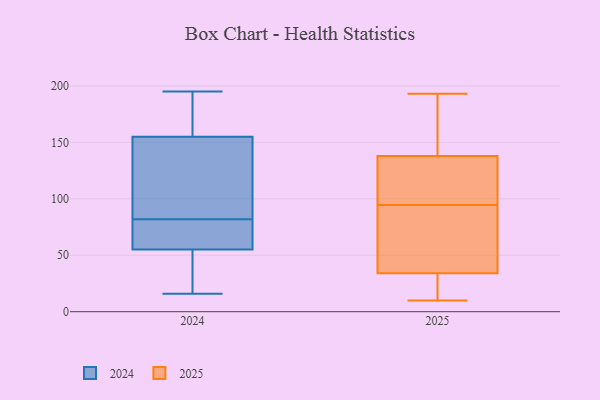
{"axis": {"x": "Backlog", "y": "Value"}, "legend": ["2024", "2025"], "data": [{"x": "", "y": 189, "type": "2025"}, {"x": "", "y": 17, "type": "2025"}, {"x": "", "y": 91, "type": "2025"}, {"x": "", "y": 186, "type": "2025"}, {"x": "", "y": 16, "type": "2025"}, {"x": "", "y": 116, "type": "2025"}, {"x": "", "y": 97, "type": "2025"}, {"x": "", "y": 186, "type": "2025"}, {"x": "", "y": 123, "type": "2025"}, {"x": "", "y": 10, "type": "2025"}, {"x": "", "y": 34, "type": "2025"}, {"x": "", "y": 193, "type": "2025"}, {"x": "", "y": 138, "type": "2025"}, {"x": "", "y": 94, "type": "2025"}, {"x": "", "y": 73, "type": "2025"}, {"x": "", "y": 36, "type": "2025"}, {"x": "", "y": 31, "type": "2025"}, {"x": "", "y": 95, "type": "2025"}, {"x": "", "y": 55, "type": "2024"}, {"x": "", "y": 83, "type": "2024"}, {"x": "", "y": 128, "type": "2024"}, {"x": "", "y": 155, "type": "2024"}, {"x": "", "y": 30, "type": "2024"}, {"x": "", "y": 62, "type": "2024"}, {"x": "", "y": 63, "type": "2024"}, {"x": "", "y": 195, "type": "2024"}, {"x": "", "y": 171, "type": "2024"}, {"x": "", "y": 193, "type": "2024"}, {"x": "", "y": 156, "type": "2024"}, {"x": "", "y": 136, "type": "2024"}, {"x": "", "y": 25, "type": "2024"}, {"x": "", "y": 81, "type": "2024"}, {"x": "", "y": 136, "type": "2024"}, {"x": "", "y": 16, "type": "2024"}, {"x": "", "y": 17, "type": "2024"}, {"x": "", "y": 72, "type": "2024"}]}